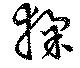
猱